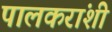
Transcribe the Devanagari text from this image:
पालकरांशी